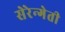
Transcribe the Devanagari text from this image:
सेरेन्गेती